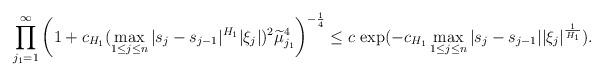
LaTeX: \begin{align*}\prod_{j_1=1}^\infty\left(1+c_{H_1}(\max_{1\leq j\leq n}|s_j-s_{j-1}|^{H_1}|\xi_j|)^2\widetilde{\mu}_{j_1}^4\right)^{-\frac14}\leq c\,\exp(-c_{H_1}\max_{1\leq j\leq n}|s_j-s_{j-1}||\xi_j|^{\frac1{H_1}}).\end{align*}